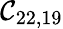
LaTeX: \mathcal{C}_{22,19}